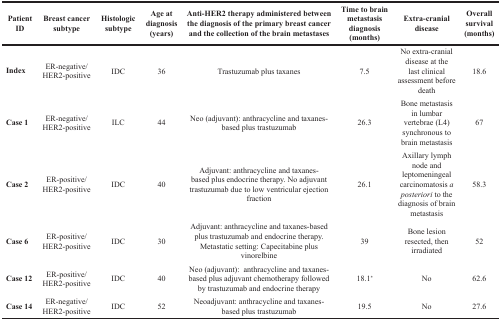
<table><thead><tr><td><b>Patient ID</b></td><td><b>Breast cancer subtype</b></td><td><b>Histologic subtype</b></td><td><b>Age at diagnosis (years)</b></td><td><b>Anti-HER2 therapy administered between the diagnosis of the primary breast cancer and the collection of the brain metastases</b></td><td><b>Time to brain metastasis diagnosis (months)</b></td><td><b>Extra-cranial disease</b></td><td><b>Overall survival (months)</b></td></tr></thead><tbody><tr><td><b>Index</b></td><td>ER-negative/HER2-positive</td><td>IDC</td><td>36</td><td>Trastuzumab plus taxanes</td><td>7.5</td><td>No extra-cranial disease at the last clinical assessment before death</td><td>18.6</td></tr><tr><td><b>Case 1</b></td><td>ER-negative/HER2-positive</td><td>ILC</td><td>44</td><td>Neo (adjuvant): anthracycline and taxanes-based plus trastuzumab</td><td>26.3</td><td>Bone metastasis in lumbar vertebrae (L4) synchronous to brain metastasis</td><td>67</td></tr><tr><td><b>Case 2</b></td><td>ER-positive/HER2-positive</td><td>IDC</td><td>40</td><td>Adjuvant: anthracycline and taxanes-based plus endocrine therapy. No adjuvant trastuzumab due to low ventricular ejection fraction</td><td>26.1</td><td>Axillary lymph node and leptomeningeal carcinomatosis <i>a posteriori</i> to the diagnosis of brain metastasis</td><td>58.3</td></tr><tr><td><b>Case 6</b></td><td>ER-positive/HER2-positive</td><td>IDC</td><td>30</td><td>Adjuvant: anthracycline and taxanes-based plus trastuzumab and endocrine therapy. Metastatic setting: Capecitabine plus vinorelbine</td><td>39</td><td>Bone lesion resected, then irradiated</td><td>52</td></tr><tr><td><b>Case 12</b></td><td>ER-positive/HER2-positive</td><td>IDC</td><td>40</td><td>Neo (adjuvant): anthracycline and taxanes-based plus adjuvant chemotherapy followed by trastuzumab and endocrine therapy</td><td>18.1<sup>*</sup></td><td>No</td><td>62.6</td></tr><tr><td><b>Case 14</b></td><td>ER-negative/HER2-positive</td><td>IDC</td><td>52</td><td>Neoadjuvant: anthracycline and taxanes-based plus trastuzumab</td><td>19.5</td><td>No</td><td>27.6</td></tr></tbody></table>